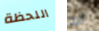
اللحظة انه